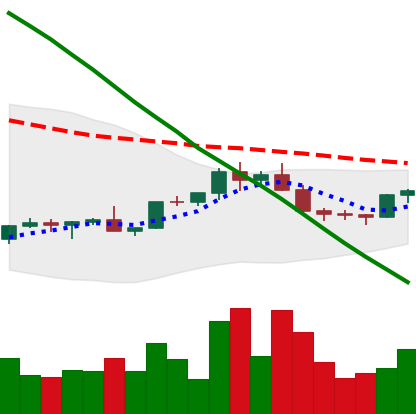
Ticker: EOS-USD
Chart end date: 2022-02-16
Forward return: -18.514%
Label: down_7plus